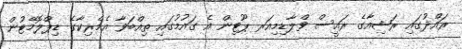
ރައްދުގައި ރަޝިއާގެ ރައީސް ވްލާޑިމިއަރ ޕޫޓިން އެ ގައުމުގައި ތިއްބަވާ އެމެރިކާގެ ޑިޕްލޮމޭޓުން